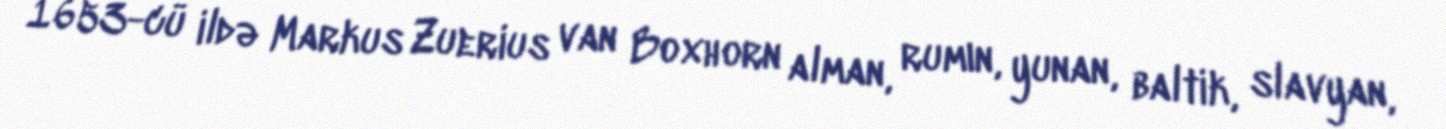
1653-cü ildə Markus Zuerius van Boxhorn alman, rumın, yunan, baltik, slavyan,